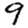
Digit: 9